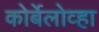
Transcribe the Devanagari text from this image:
कोर्बेलोव्हा